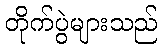
တိုက်ပွဲများသည်